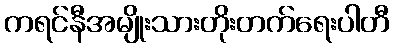
ကရင်နီအမျိုးသားတိုးတက်ရေးပါတီ